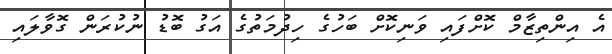
އެ އިންތިޒާމް ކޮށްފައި ވަނިކޮށް ބަހުގެ ހިދުމަތުގެ އަގު ބޮޑު ނުކުރަން ގޮވާލައި